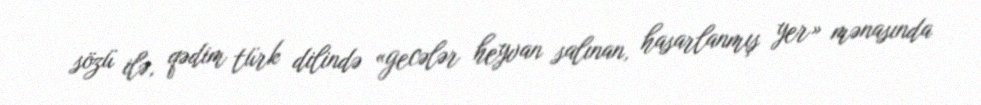
sözü ilə, qədim türk dilində «gecələr heyvan salınan, hasarlanmış yer» mənasında